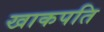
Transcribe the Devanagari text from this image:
खाकपति